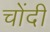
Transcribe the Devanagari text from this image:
चोंदी